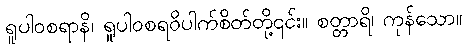
ရူပါဝစရာနိ၊ ရူပါဝစရဝိပါက်စိတ်တို့၎င်း။ စတ္တာရိ၊ ကုန်သော။